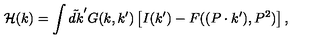
{ \cal H } ( k ) = \int \tilde { d k } ^ { \prime } G ( k , k ^ { \prime } ) \left[ I ( k ^ { \prime } ) - F ( ( P \cdot k ^ { \prime } ) , P ^ { 2 } ) \right] ,